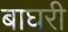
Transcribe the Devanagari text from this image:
बाघरी